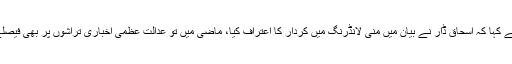
نعیم بخاری نے کہا کہ اسحاق ڈار نے بیان میں منی لانڈرنگ میں کردار کا اعتراف کیا، ماضی میں تو عدالت عظمی اخباری تراشوں پر بھی فیصلے کرتی رہی۔